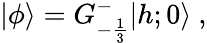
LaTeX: \vert\phi\rangle=G_{-{\frac{1}{3}}}^{-}\vert{h;0}\rangle{}~,